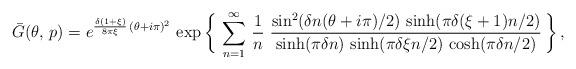
LaTeX: \begin{align*} \bar{G}(\theta ,\, p) = e^{\frac{\delta(1+\xi)}{8\pi\xi}\, (\theta+i\pi)^2}\, \exp\bigg\{\, \sum_{n=1}^{\infty}\, \frac{1}{n}\ \frac{\sin^2(\delta n (\theta+i\pi)/2)\, \sinh(\pi\delta(\xi+1) n/2)} {\sinh(\pi\delta n)\, \sinh(\pi\delta\xi n/2)\, \cosh(\pi \delta n/2) }\, \bigg\}\, ,\end{align*}